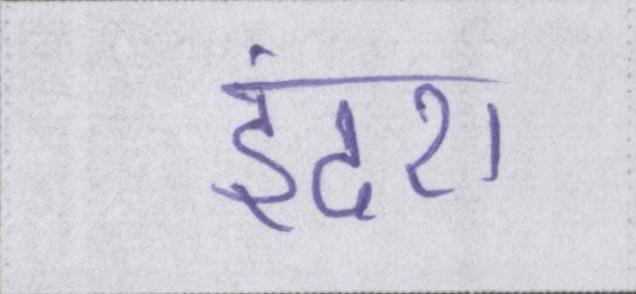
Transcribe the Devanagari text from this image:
इंदरा